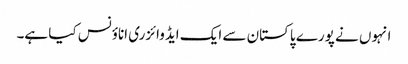
انہوں نے پورے پاکستان سے ایک ایڈوائزری اناؤنس کیا ہے۔